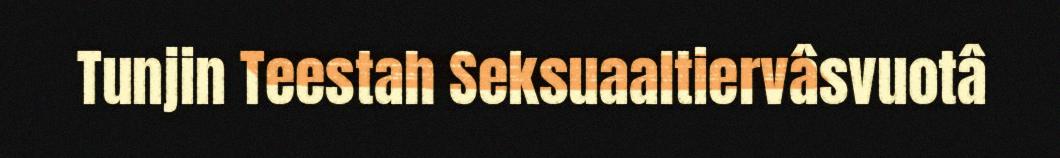
Tunjin Teestah Seksuaaltiervâsvuotâ